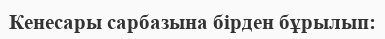
Кенесары сарбазына бірден бұрылып: